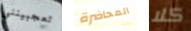
تعجبينني المحاضرة كلا